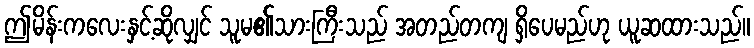
ဤမိန်းကလေးနှင့်ဆိုလျှင် သူမ၏သားကြီးသည် အတည်တကျ ရှိပေမည်ဟု ယူဆထားသည်။